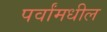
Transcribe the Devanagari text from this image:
पर्वांमधील